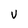
Character: v